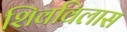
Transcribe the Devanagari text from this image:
शिवविलास